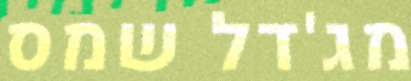
מג'דל שמס